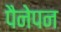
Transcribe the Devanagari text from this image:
पैनेपन